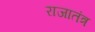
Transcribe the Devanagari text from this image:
राजातंत्र